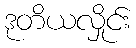
ဒုတိယလှိုင်း